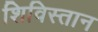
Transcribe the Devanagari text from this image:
शिविस्तान